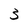
Character: 3